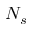
N _ { s }